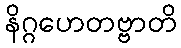
နိဂ္ဂဟေတဗ္ဗာတိ